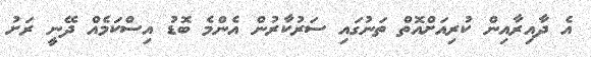
އެ ދާއިރާއިން ކުރިއަށްއޮތް ތަނުގައި ސަރުކާރުން އެންމެ ބޮޑު އިސްކަމެއް ދޭނީ ރަށު